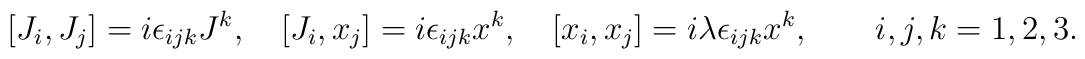
[J_i, J_j]=i\epsilon_{ijk}J^k , \quad [J_i,x_j]=i\epsilon_{ijk}x^k ,\quad [x_i,x_j]=i\lambda\epsilon_{ijk}x^k,\quad\quad i,j,k=1,2,3.